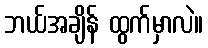
ဘယ်အချိန် ထွက်မှာလဲ။